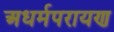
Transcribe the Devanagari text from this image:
अधर्मपरायण